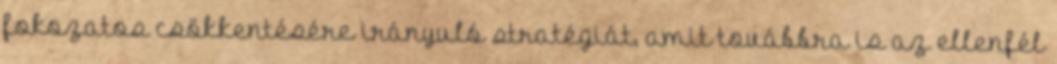
fokozatos csökkentésére irányuló stratégiát, amit továbbra is az ellenfél